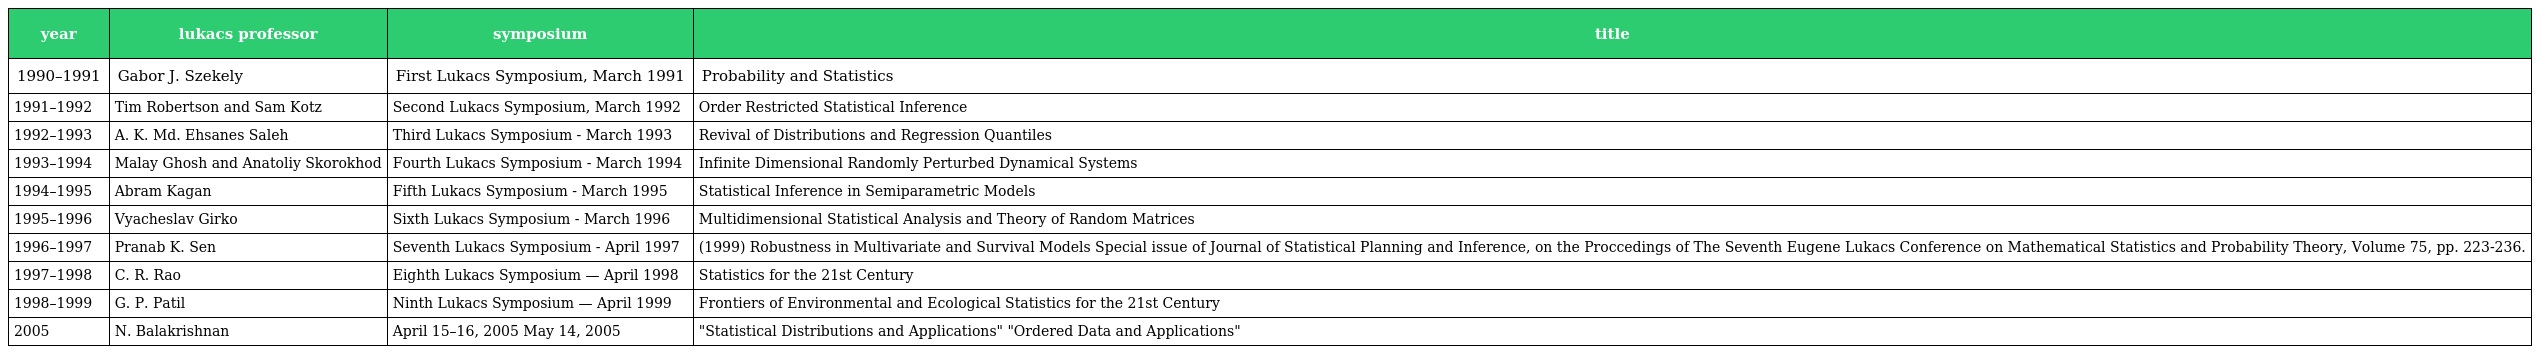
| year | lukacs professor | symposium | title |
 | --- | --- | --- | --- |
 | 1990–1991 | Gabor J. Szekely | First Lukacs Symposium, March 1991 | Probability and Statistics |
 | 1991–1992 | Tim Robertson and Sam Kotz | Second Lukacs Symposium, March 1992 | Order Restricted Statistical Inference |
 | 1992–1993 | A. K. Md. Ehsanes Saleh | Third Lukacs Symposium - March 1993 | Revival of Distributions and Regression Quantiles |
 | 1993–1994 | Malay Ghosh and Anatoliy Skorokhod | Fourth Lukacs Symposium - March 1994 | Infinite Dimensional Randomly Perturbed Dynamical Systems |
 | 1994–1995 | Abram Kagan | Fifth Lukacs Symposium - March 1995 | Statistical Inference in Semiparametric Models |
 | 1995–1996 | Vyacheslav Girko | Sixth Lukacs Symposium - March 1996 | Multidimensional Statistical Analysis and Theory of Random Matrices |
 | 1996–1997 | Pranab K. Sen | Seventh Lukacs Symposium - April 1997 | (1999) Robustness in Multivariate and Survival Models Special issue of Journal of Statistical Planning and Inference, on the Proccedings of The Seventh Eugene Lukacs Conference on Mathematical Statistics and Probability Theory, Volume 75, pp. 223-236. |
 | 1997–1998 | C. R. Rao | Eighth Lukacs Symposium — April 1998 | Statistics for the 21st Century |
 | 1998–1999 | G. P. Patil | Ninth Lukacs Symposium — April 1999 | Frontiers of Environmental and Ecological Statistics for the 21st Century |
 | 2005 | N. Balakrishnan | April 15–16, 2005 May 14, 2005 | "Statistical Distributions and Applications" "Ordered Data and Applications" |